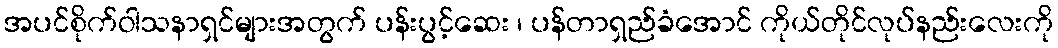
အပင်စိုက်ဝါသနာရှင်များအတွက် ပန်းပွင့်ဆေး ၊ ပန်တာရှည်ခံအောင် ကိုယ်တိုင်လုပ်နည်းလေးကို